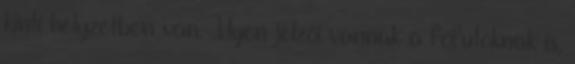
kinti helyzetben van. Ilyen jelzői vannak a főfutóknak is,